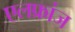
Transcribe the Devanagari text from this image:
एलफ्रांज